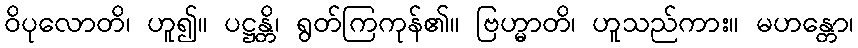
ဝိပုလောတိ၊ ဟူ၍။ ပဋ္ဌန္တိ၊ ရွတ်ကြကုန်၏။ ဗြဟ္မာတိ၊ ဟူသည်ကား။ မဟန္တော၊